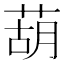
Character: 葫